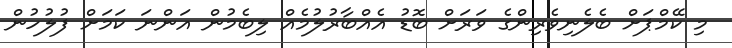
މި ކޭމްޕަށް ބެލެނިވެރިންގެ ވަރަށް ބޮޑު އެއްބާރުލުމެއް ލިބެމުން އަންނަ ކަމަށް ފުލުހުން